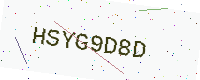
Text: HSYG9D8D